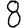
Digit: 8